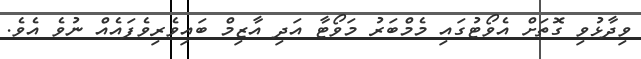
ވިދާޅުވި ގޮތަށް އެވޯޓުގައި މެމްބަރު މަވޯޓާ އަދި އާޒިމް ބައިވެރިވެފައެއް ނުވެ އެވެ.